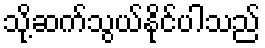
သို့ဆက်သွယ်နိုင်ပါသည်